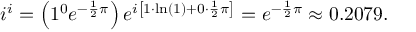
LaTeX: i ^ { i } = \left( 1 ^ { 0 } e ^ { - { \frac { 1 } { 2 } } \pi } \right) e ^ { i \left[ 1 \cdot \ln ( 1 ) + 0 \cdot { \frac { 1 } { 2 } } \pi \right] } = e ^ { - { \frac { 1 } { 2 } } \pi } \approx 0 . 2 0 7 9 .